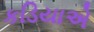
કડિયાએ